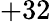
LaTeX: +32